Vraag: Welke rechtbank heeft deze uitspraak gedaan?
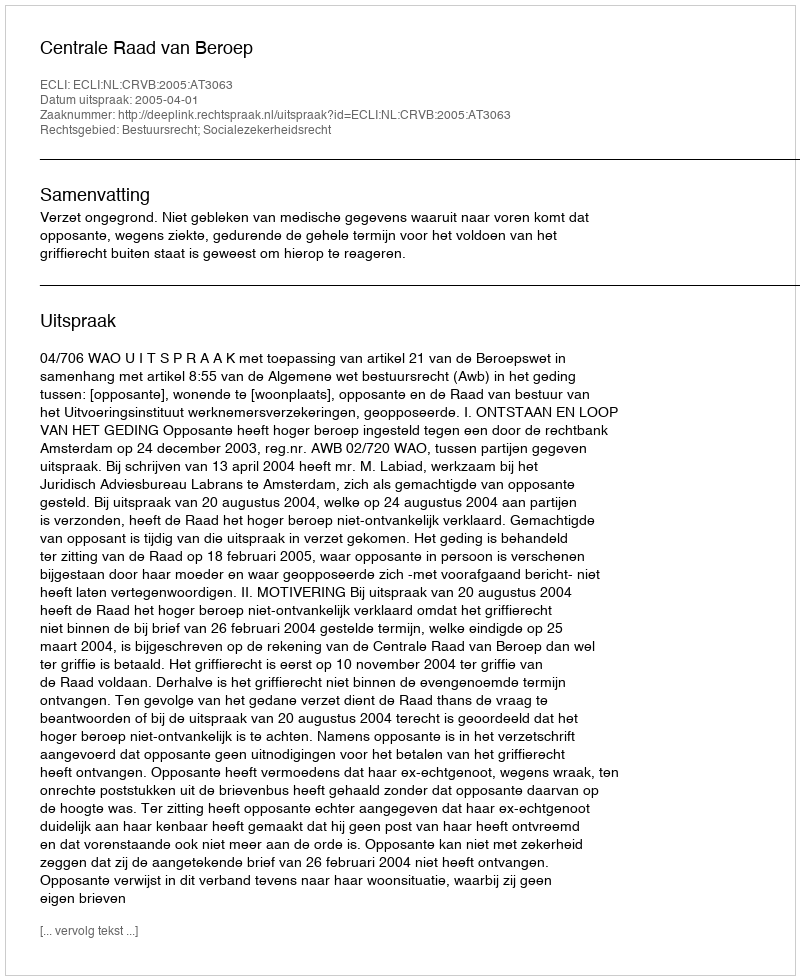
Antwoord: Centrale Raad van Beroep